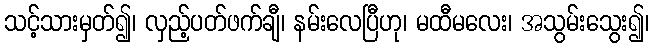
သင့်သားမှတ်၍၊ လှည့်ပတ်ဖက်ချီ၊ နမ်းလေပြီဟု၊ မထီမလေး၊ အသွမ်းသွေး၍၊